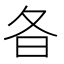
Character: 𣅈